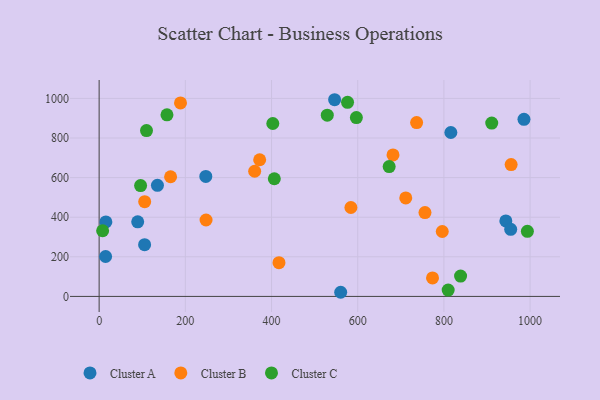
{"axis": {"x": "Speed", "y": "Fuel Efficiency"}, "legend": ["Cluster A", "Cluster B", "Cluster C"], "data": [{"x": "247.5", "y": 605.9, "type": "Cluster A"}, {"x": "15.0", "y": 201.6, "type": "Cluster A"}, {"x": "89.5", "y": 376.6, "type": "Cluster A"}, {"x": "985.8", "y": 894.2, "type": "Cluster A"}, {"x": "943.7", "y": 381.0, "type": "Cluster A"}, {"x": "816.1", "y": 827.7, "type": "Cluster A"}, {"x": "105.5", "y": 261.2, "type": "Cluster A"}, {"x": "135.3", "y": 561.0, "type": "Cluster A"}, {"x": "955.0", "y": 338.6, "type": "Cluster A"}, {"x": "15.6", "y": 376.3, "type": "Cluster A"}, {"x": "560.5", "y": 20.9, "type": "Cluster A"}, {"x": "546.4", "y": 993.3, "type": "Cluster A"}, {"x": "417.3", "y": 170.6, "type": "Cluster B"}, {"x": "165.8", "y": 604.2, "type": "Cluster B"}, {"x": "756.1", "y": 423.5, "type": "Cluster B"}, {"x": "360.9", "y": 632.2, "type": "Cluster B"}, {"x": "736.7", "y": 877.8, "type": "Cluster B"}, {"x": "773.6", "y": 93.5, "type": "Cluster B"}, {"x": "105.7", "y": 478.4, "type": "Cluster B"}, {"x": "796.2", "y": 327.7, "type": "Cluster B"}, {"x": "711.5", "y": 497.5, "type": "Cluster B"}, {"x": "681.9", "y": 714.7, "type": "Cluster B"}, {"x": "584.2", "y": 449.1, "type": "Cluster B"}, {"x": "956.0", "y": 665.9, "type": "Cluster B"}, {"x": "372.5", "y": 690.1, "type": "Cluster B"}, {"x": "188.8", "y": 977.3, "type": "Cluster B"}, {"x": "248.1", "y": 385.8, "type": "Cluster B"}, {"x": "838.7", "y": 102.8, "type": "Cluster C"}, {"x": "406.5", "y": 594.3, "type": "Cluster C"}, {"x": "993.7", "y": 328.5, "type": "Cluster C"}, {"x": "809.9", "y": 31.8, "type": "Cluster C"}, {"x": "403.0", "y": 873.3, "type": "Cluster C"}, {"x": "157.4", "y": 916.9, "type": "Cluster C"}, {"x": "596.9", "y": 903.4, "type": "Cluster C"}, {"x": "96.2", "y": 559.8, "type": "Cluster C"}, {"x": "8.1", "y": 331.6, "type": "Cluster C"}, {"x": "529.4", "y": 915.4, "type": "Cluster C"}, {"x": "673.0", "y": 655.8, "type": "Cluster C"}, {"x": "576.4", "y": 980.1, "type": "Cluster C"}, {"x": "911.0", "y": 875.6, "type": "Cluster C"}, {"x": "109.9", "y": 837.5, "type": "Cluster C"}]}